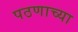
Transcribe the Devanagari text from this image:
पठणाच्या